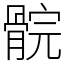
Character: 䯘